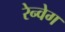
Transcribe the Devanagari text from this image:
रेन्वेग